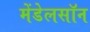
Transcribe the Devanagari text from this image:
मेंडेलसॉन